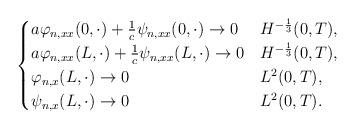
LaTeX: \begin{align*}\begin{cases} a\varphi_{n,xx}(0,\cdot)+\frac{1}{c}\psi_{n,xx}(0,\cdot)\rightarrow 0 & H^{-\frac13}(0,T), \\ a\varphi_{n,xx}(L,\cdot)+\frac{1}{c}\psi_{n,xx}(L,\cdot) \rightarrow 0 & H^{-\frac13}(0,T), \\\varphi_{n,x}(L,\cdot) \rightarrow 0 & L^2(0,T), \\\psi_{n,x}(L,\cdot) \rightarrow 0 & L^2(0,T).\end{cases}\end{align*}